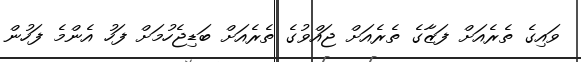
ވައިގެ ތެރެއަށް ފަޒާގެ ތެރެއަށް ޖައްވުގެ ތެރެއަށް ބަޑިޖެހުމަށް ފަހު އެންމެ ފަހުން